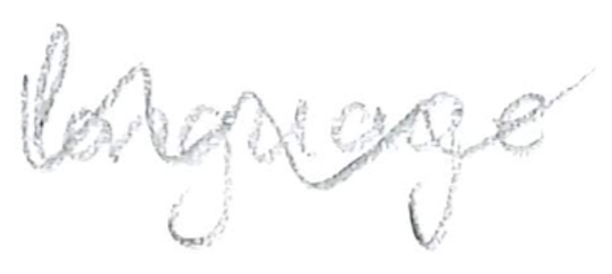
Text: language
Cross-out: wave
Writing tool: pencil